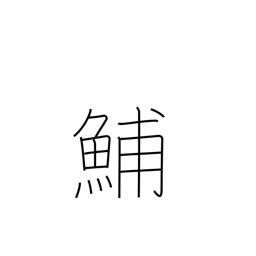
Meaning: type of herring